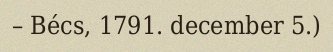
– Bécs, 1791. december 5.)